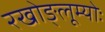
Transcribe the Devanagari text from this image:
रखोङ्लूम्योः